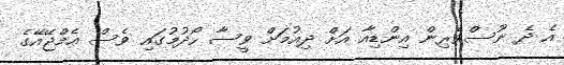
އެ ދެ ނޫސްވެރިން އިންޑިއާ އަށް ދިއުމަށް ވީސާ ހޯދުމުގައި ވެސް އެމްޖޭއޭގެ